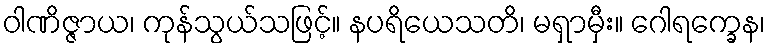
ဝါဏိဇ္ဇာယ၊ ကုန်သွယ်သဖြင့်။ နပရိယေသတိ၊ မရှာမှီး။ ဂေါရက္ခေန၊